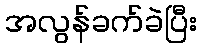
အလွန်ခက်ခဲပြီး